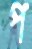
প